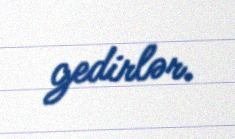
gedirlər.